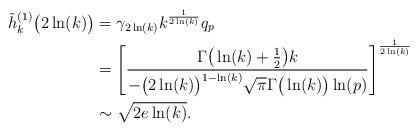
LaTeX: \begin{align*}\tilde{h}_k^{(1)}\big(2 \ln (k)\big) &= \gamma_{2\ln(k)} k^{\frac{1}{2\ln(k)}} q_p \\&= \Bigg[\frac{\Gamma\big(\ln(k)+\frac{1}{2}\big) k }{-\big(2\ln(k)\big)^{1-\ln(k)} \sqrt{\pi}\Gamma\big(\ln(k)\big) \ln(p)}\Bigg]^{\frac{1}{2\ln(k)}} \\&\sim \sqrt{2e\ln(k)} . \end{align*}